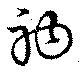
衲